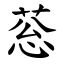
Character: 䓗